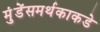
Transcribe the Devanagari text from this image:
मुंडेंसमर्थकाकडे